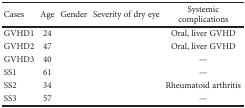
<table><thead><tr><td><b>Cases</b></td><td><b>Age</b></td><td><b>Gender</b></td><td><b>Severity of dry eye</b></td><td><b>Systemic complications</b></td></tr></thead><tbody><tr><td>GVHD1</td><td>24</td><td>[EMPTY_CELL]</td><td>[EMPTY_CELL]</td><td>Oral, liver GVHD</td></tr><tr><td>GVHD2</td><td>47</td><td>[EMPTY_CELL]</td><td>[EMPTY_CELL]</td><td>Oral, liver GVHD</td></tr><tr><td>GVHD3</td><td>40</td><td>[EMPTY_CELL]</td><td>[EMPTY_CELL]</td><td>—</td></tr><tr><td>SS1</td><td>61</td><td>[EMPTY_CELL]</td><td>[EMPTY_CELL]</td><td>—</td></tr><tr><td>SS2</td><td>34</td><td>[EMPTY_CELL]</td><td>[EMPTY_CELL]</td><td>Rheumatoid arthritis</td></tr><tr><td>SS3</td><td>57</td><td>[EMPTY_CELL]</td><td>[EMPTY_CELL]</td><td>—</td></tr></tbody></table>